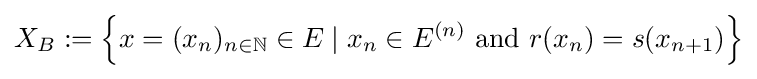
X_{B}:=\left\{x=(x_{n})_{n\in \mathbb {N} }\in E\mid x_{n}\in E^{(n)}{\text{ and }}r(x_{n})=s(x_{n+1})\right\}